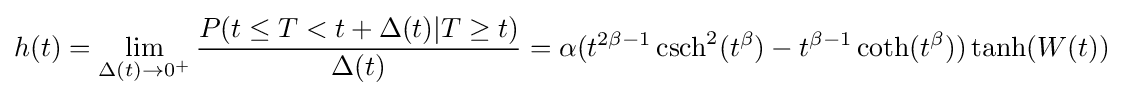
h(t)=\lim _{\Delta (t)\to 0^{+}}{\frac {P(t\leq T<t+\Delta (t)|T\geq t)}{\Delta (t)}}=\alpha (t^{2\beta -1}\operatorname {csch} ^{2}(t^{\beta })-t^{\beta -1}\operatorname {coth} (t^{\beta }))\operatorname {tanh} (W(t))